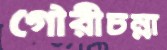
গৌরীচন্না